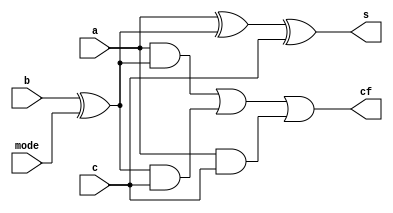
`timescale 1ns / 1ps
//////////////////////////////////////////////////////////////////////////////////
// Company:
// Engineer:
//
// Design Name:
// Module Name:    fullAdder
// Project Name:
// Target Devices:
// Tool versions:
// Description:
//
// Dependencies:
//
// Revision:
// Revision 0.01 - File Created
// Additional Comments:
//
//////////////////////////////////////////////////////////////////////////////////
module fullAdder(
        input a,b,c,mode,
        output s, cf
    );

    wire xb, t1, t2, t3;
    xor(xb, b, mode);
    xor(s, a, xb, c);
    and(t1, a, xb),
        (t2, xb, c),
        (t3, a, c);
    or (cf, t1, t2, t3);

endmodule